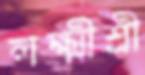
লক্ষ্মীশ্রী